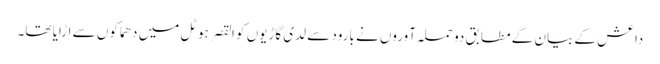
داعش کے بیان کے مطابق دو حملہ آوروں نے بارود سے لدی گاڑیوں کو القصر ہوٹل میں دھماکوں سے اڑایا تھا۔